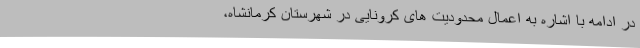
در ادامه با اشاره به اعمال محدودیت های کرونایی در شهرستان کرمانشاه،